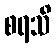
စရသိ